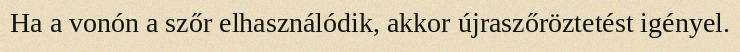
Ha a vonón a szőr elhasználódik, akkor újraszőröztetést igényel.